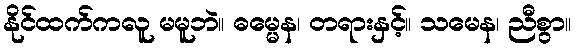
နိုင်ထက်ကလူ မမူဘဲ။ ဓမ္မေန၊ တရားနှင့်။ သမေန၊ ညီစွာ။